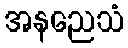
အနညေသံ